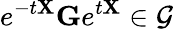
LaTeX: e^{-t\mathbf{X}}\mathbf{G}e^{t\mathbf{X}}\in\mathcal{G}